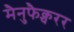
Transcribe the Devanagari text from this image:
मैनुफैक्चरर